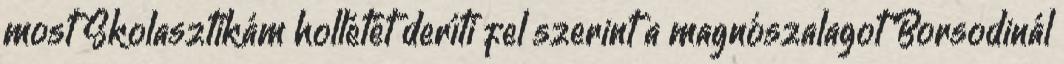
most Skolasztikám hollétét deríti fel szerint a magnószalagot Borsodinál